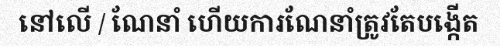
នៅលើ / ណែនាំ ហើយការណែនាំត្រូវតែបង្កើត